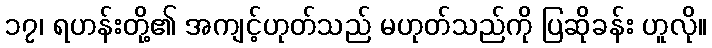
၁၇၊ ရဟန်းတို့၏ အကျင့်ဟုတ်သည် မဟုတ်သည်ကို ပြဆိုခန်း ဟူလို။